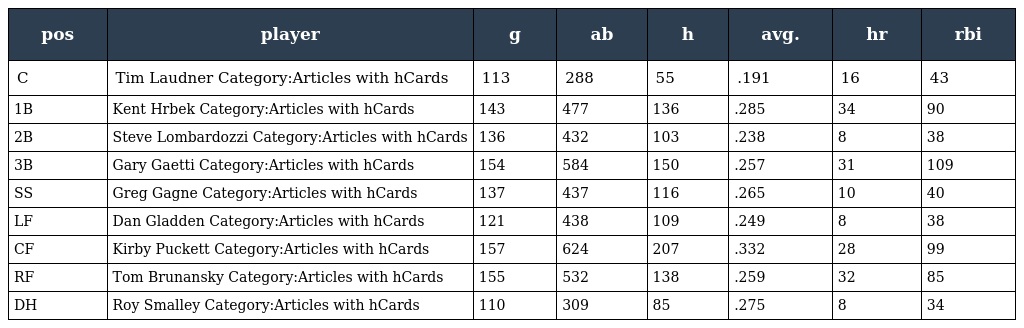
| pos | player | g | ab | h | avg. | hr | rbi |
 | --- | --- | --- | --- | --- | --- | --- | --- |
 | C | Tim Laudner Category:Articles with hCards | 113 | 288 | 55 | .191 | 16 | 43 |
 | 1B | Kent Hrbek Category:Articles with hCards | 143 | 477 | 136 | .285 | 34 | 90 |
 | 2B | Steve Lombardozzi Category:Articles with hCards | 136 | 432 | 103 | .238 | 8 | 38 |
 | 3B | Gary Gaetti Category:Articles with hCards | 154 | 584 | 150 | .257 | 31 | 109 |
 | SS | Greg Gagne Category:Articles with hCards | 137 | 437 | 116 | .265 | 10 | 40 |
 | LF | Dan Gladden Category:Articles with hCards | 121 | 438 | 109 | .249 | 8 | 38 |
 | CF | Kirby Puckett Category:Articles with hCards | 157 | 624 | 207 | .332 | 28 | 99 |
 | RF | Tom Brunansky Category:Articles with hCards | 155 | 532 | 138 | .259 | 32 | 85 |
 | DH | Roy Smalley Category:Articles with hCards | 110 | 309 | 85 | .275 | 8 | 34 |